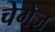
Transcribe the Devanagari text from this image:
चेगेज